Insane asylums in Bengal annual reports 1876-1887 - 1876-1887
Year: 1876
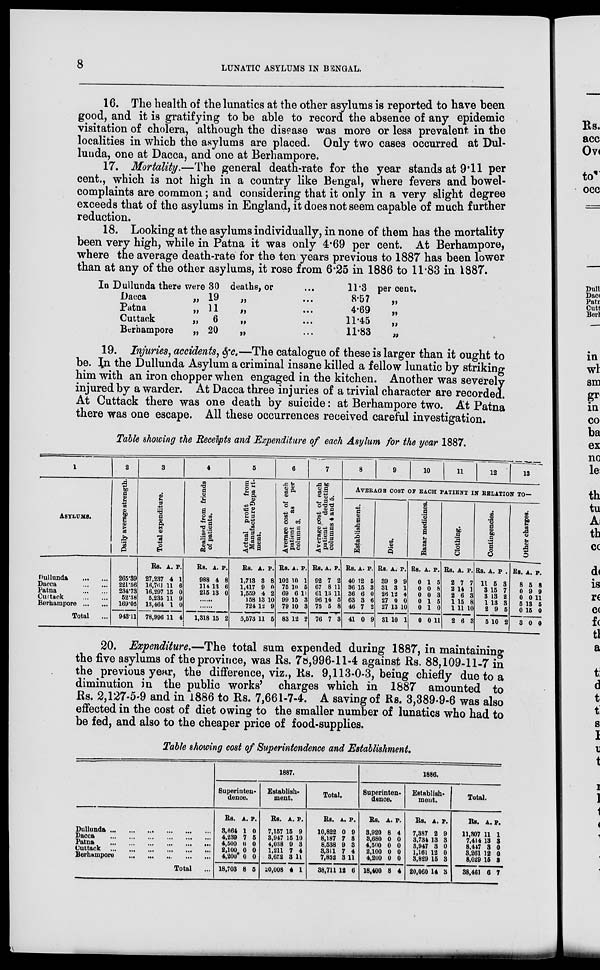
8
LUNATIC ASYLUMS IN BENGAL.
16. The health of the lunatics at the other asylums is reported to have been
good, and it is gratifying to be able to record the absence of any epidemic
visitation of cholera, although the disease was more or less prevalent in the
localities in which the asylums are placed. Only two cases occurred at Dul-
lunda, one at Dacca, and one at Berhampore.
17. Mortality.—The general death-rate for the year stands at 9.11 per
cent., which is not high in a country like Bengal, where fevers and bowel-
complaints are common; and considering that it only in a very slight degree
exceeds that of the asylums in England, it does not seem capable of much further
reduction.
18. Looking at the asylums individually, in none of them has the mortality
been very high, while in Patna it was only 4.69 per cent. At Berhampore,
where the average death-rate for the ten years previous to 1887 has been lower
than at any of the other asylums, it rose from 6.25 in 1886 to 11.83 in 1887.
In Dullunda there were 30 deaths, or ...
Dacca
„ 19
„ ...
Patna
„ 11
„ ...
Cuttack
„ 6
„ ...
Berhampore
„ 20
„ ...
11.3 per cent.
8.57
„
4.69
„
11.45
„
11.83
„
19. Injuries, accidents, &c.—The catalogue of these is larger than it ought to
be. In the Dullunda Asylum a criminal insane killed a fellow lunatic by striking
him with an iron chopper when engaged in the kitchen. Another was severely
injured by a warder. At Dacca three injuries of a trivial character are recorded.
At Cuttack there was one death by suicide: at Berhampore two. At Patna
there was one escape. All these occurrences received careful investigation.
Table showing the Receipts and Expenditure of each Asylum for the year 1887.
1
ASYLUMS.
Dullunda
... ...
Dacca
...
...
Patna
...
...
Cuttack
...
...
Berhampore ... ...
Total ...
2
Daily average strength.
265.39
221.56
234.73
52.38
169.05
943.11
3
Total expenditure.
Rs.
27,237
16,761
16,297
5,235
13,464
78,996
A.
4
11
15
11
1
11
P.
1
6
0
9
0
4
4
Realised from friends
of patients.
Rs.
988
114 215
A.
4
13
13
P.
8
6
0
......
......
1,318 15 2
5
Actual profit from
Manufacture Depart-
ment.
Rs.
1,713
1,417
1,559
158
724
5,573
A.
3
9
4
13
12
11
P.
8
0
2
10
9
5
6
Average cost of each
patient
as
per
column 3.
Rs.
102
75
69
99
79
83
A.
10
10
6
15
10
12
P.
1
5
11
3
3
2
7
Average cost of each
patient deducting
columns 4 and 5.
Rs.
92
67
61
96
75
76
A.
7
8
13
14
5
7
P.
2
11
11
5
8
3
8
9
10
11
12
13
AVERAGE COST OF EACH PATIENT IN RELATION TO—
Establishment.
Rs.
40
36
36
63
46
41
A.
12
15
6
3
7
0
P.
5
3
0
6
2
9
Diet.
Rs.
39
31
26
27
27
31
A.
9
3
12
0
13
10
P.
9
1
4
0
10
1
Bazar medicines.
Rs.
0
0
0
0
0
0
A.
1
0
0
1
1
0
P.
5
8
3
5
0
11
Clothing.
Rs.
2
2
2
1
1
2
A.
7
14
6
15
11
6
P.
7
1
3
8
10
3
Contingencies.
Rs.
11
3
3
1
2
5
A.
5
15
13
13
9
10
P.
3
7
2
3
5
2
Other charges.
Rs.
8
0
0
5
0
3
A.
5
9
0
13
15
0
P.
8
9
11
5
0
0
20. Expenditure.—The total sum expended during 1887, in maintaining
the five asylums of the province, was Rs. 78,996-11-4 against Rs. 88,109-11-7 in
the previous year, the difference, viz., Rs. 9,113-0-3, being chiefly due to a
diminution in the public works' charges which in 1887 amounted to
Rs. 2,127-5-9 and in 1886 to Rs. 7,661-7-4. A saving of Rs. 3,389-9-6 was also
effected in the cost of diet owing to the smaller number of lunatics who had to
be fed, and also to the cheaper price of food-supplies.
Table showing cost of Superintendence and Establishment.
Dullunda ... ... ... ... ... ...
Dacca
...
...
...
...
...
...
Patna
...
...
...
...
...
...
Cuttack
...
...
...
...
...
...
Berhampore
...
...
...
...
...
Total ...
1887.
Superinten-
dence.
Rs.
3, 664
4,239
4,500
2,100
4,200
18,703
A.
1
7
0
0
0
8
P.
0
5
0
0
0
5
Establish-
ment.
Rs.
7,157
3,947
4,038
1,211
3,652
20,008
A.
15
15
9
7
3
4
P.
9
10
3
4
11
1
Total.
Rs.
10,822
8,187
8,538
3,311
7,852
38,711
A.
0
7
9
7
3
12
P.
9
3
3
4
11
6
1886.
Superinten-
dence.
Rs.
3,920
3,680
4,500
2,100
4,200
18,400
A.
8
0
0
0
0
8
P.
4
0
0
0
0
4
Establish-
ment.
Rs.
7,387
3,734
3,947
1,161
3,829
20,060
A.
2
13
3
12
15
14
P.
9
3
0
0
3
3
Total.
Rs.
11,307
7,414
8,447
3,261
8,029
38,461
A.
11
13
3
12
15
6
P.
1
3
0
0
3
7